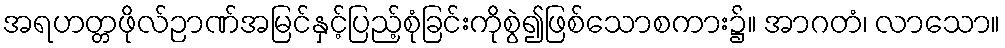
အရဟတ္တဖိုလ်ဉာဏ်အမြင်နှင့်ပြည့်စုံခြင်းကိုစွဲ၍ဖြစ်သောစကား၌။ အာဂတံ၊ လာသော။